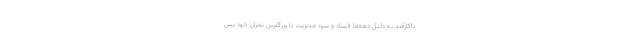
ناکارآمد به دلیل دهه‌ها فساد و سوء مدیریت با بزرگترین بحران خود پس